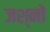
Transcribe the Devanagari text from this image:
जश्नों